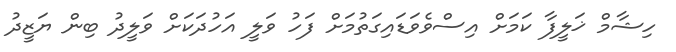
ހިޝާމް ޚަލީފާ ކަމަށް އިސްވެވަޑައިގަތުމަށް ފަހު ވަލީ އަހުދަކަށް ވަލީދު ބިން ޔަޒީދު